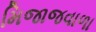
મિજાજવાળા